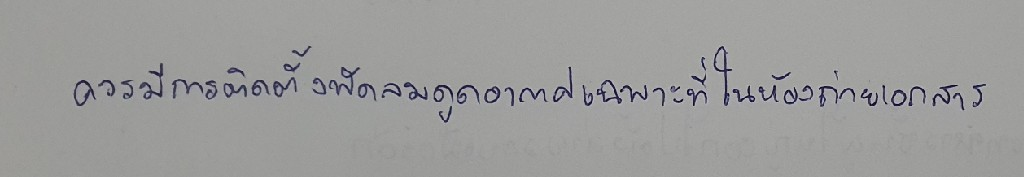
ควรมีการติดตั้งพัดลมดูดอากาศเฉพาะที่ในห้องถ่ายเอกสาร